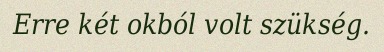
Erre két okból volt szükség.